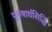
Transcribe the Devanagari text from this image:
पुरुषार्थसिद्धि